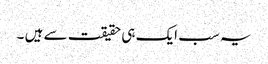
یہ سب ایک ہی حقیقت سے ہیں ۔